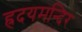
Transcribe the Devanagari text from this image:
ह्रदयमन्दिर